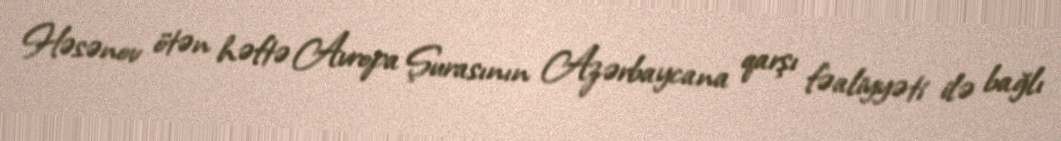
Həsənov ötən həftə Avropa Şurasının Azərbaycana qarşı fəaliyyəti ilə bağlı